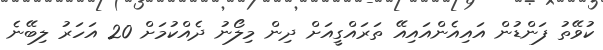
ކުވޭތު ފަންޑުން އައިއެންއައިއޭ ތަރައްގީއަށް ދިން މިލޯނު ދެއްކުމަށް 20 އަހަރު ލިބޭނެ